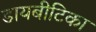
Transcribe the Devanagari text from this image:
डायबीटिका